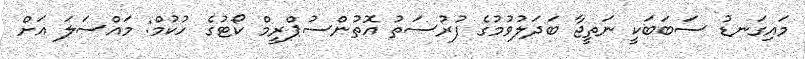
މައިގަނޑު ސަބަބަކީ ނަތީޖާ ބަދަލުވުމުގެ ފުރުސަތު އޮތުންސުޕްރީމް ކޯޓުގެ ހުކުމް: މައްސަލަ އަށް